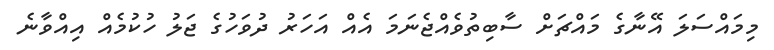
މިމައްސަލަ އޭނާގެ މައްޗަށް ސާބިތުވެއްޖެނަމަ އެއް އަހަރު ދުވަހުގެ ޖަލު ހުކުމެއް އިއްވާނެ